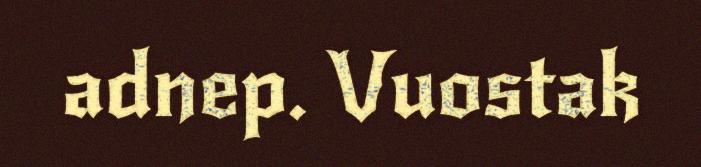
adnep. Vuostak